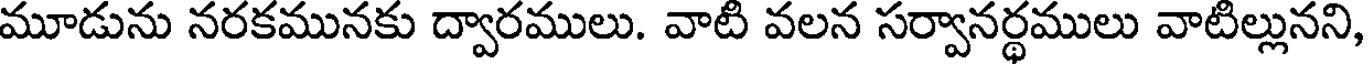
మూడును నరకమునకు ద్వారములు. వాటి వలన సర్వానర్థములు వాటిల్లునని,